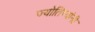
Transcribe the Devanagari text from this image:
ज्योतिष्यांनी